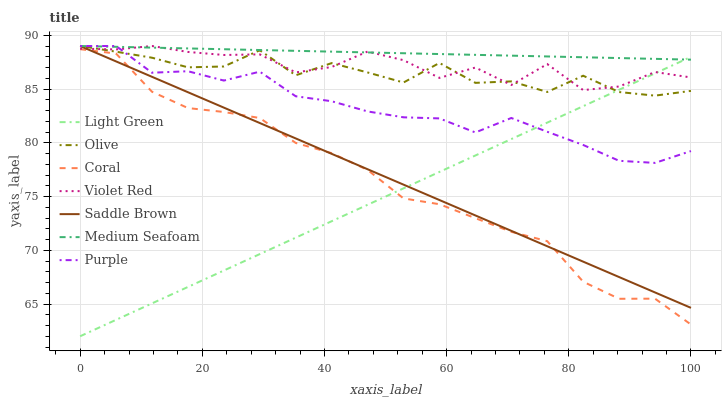
| xaxis_label | Light Green | Olive | Coral | Violet Red | Saddle Brown | Medium Seafoam | Purple |
 | --- | --- | --- | --- | --- | --- | --- | --- |
 | 0 | 62 | 89 | 88.7 | 88.8 | 89 | 89 | 89 |
 | 5.88 | 63.5 | 88.5 | 88.3 | 88.7 | 87.6 | 88.9 | 89 |
 | 11.8 | 65.1 | 87.9 | 84.7 | 89 | 86.1 | 88.9 | 86.5 |
 | 17.6 | 66.6 | 87 | 83.2 | 88.4 | 84.7 | 88.8 | 86.7 |
 | 23.5 | 68.1 | 87.1 | 82.9 | 88.2 | 83.3 | 88.7 | 85.8 |
 | 29.4 | 69.6 | 88.6 | 82.3 | 88.2 | 81.8 | 88.6 | 86.6 |
 | 35.3 | 71.2 | 86.3 | 80 | 86.5 | 80.4 | 88.6 | 84.3 |
 | 41.2 | 72.7 | 87.4 | 79 | 87 | 79 | 88.5 | 83.9 |
 | 47.1 | 74.2 | 86.5 | 77.5 | 88.5 | 77.5 | 88.4 | 82.9 |
 | 52.9 | 75.8 | 85.6 | 74.8 | 87.7 | 76.1 | 88.3 | 82.4 |
 | 58.8 | 77.3 | 87.4 | 74.3 | 86 | 74.7 | 88.3 | 82.3 |
 | 64.7 | 78.8 | 85.6 | 73 | 87 | 73.2 | 88.2 | 81 |
 | 70.6 | 80.3 | 85.7 | 71.7 | 85.4 | 71.8 | 88.1 | 82.3 |
 | 76.5 | 81.9 | 84.7 | 70.8 | 87.3 | 70.4 | 88 | 81 |
 | 82.4 | 83.4 | 86.2 | 67.1 | 84.9 | 68.9 | 88 | 79.8 |
 | 88.2 | 84.9 | 84.7 | 65.5 | 85.2 | 67.5 | 87.9 | 78.3 |
 | 94.1 | 86.5 | 84.4 | 65.5 | 86.6 | 66.1 | 87.8 | 78.1 |
 | 100 | 88 | 84.8 | 63.1 | 86.1 | 64.6 | 87.7 | 79.2 |